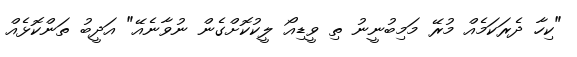
"ކިހާ ދެރަކަމެއް މުރޭ މަމިބުނީނު ތި ވީޑިއޯ ލީކުކޮށްގެން ނުވާނެއޭ" އަދީބު ތަންކޮޅެއް